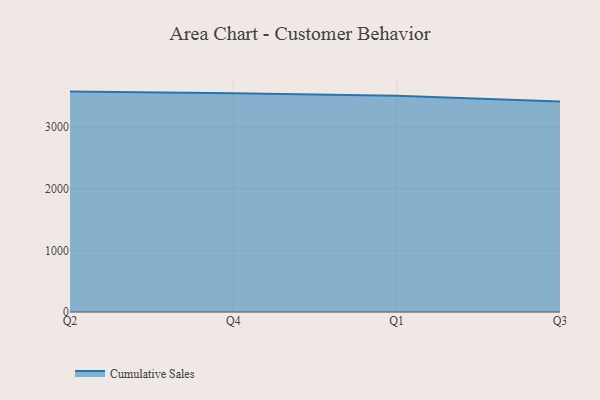
{"axis": {"x": "Quarter", "y": "Temperature (°C)"}, "legend": ["Cumulative Sales"], "data": [{"x": "Q2", "y": 3577.8, "type": "Cumulative Sales"}, {"x": "Q4", "y": 3550.0, "type": "Cumulative Sales"}, {"x": "Q1", "y": 3508.5, "type": "Cumulative Sales"}, {"x": "Q3", "y": 3416.6, "type": "Cumulative Sales"}]}